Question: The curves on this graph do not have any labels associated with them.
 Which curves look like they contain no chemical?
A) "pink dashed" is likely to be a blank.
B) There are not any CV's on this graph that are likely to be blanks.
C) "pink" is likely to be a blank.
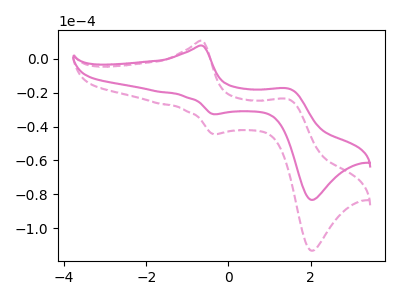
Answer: <think>The pink curve "pink" has anodic peaks at (-0.65V, 7.85uA) (1.45V, -17.60uA) and cathodic peaks at (-0.35V, -32.70uA) (2.00V, -83.25uA). The pink dashed curve "pink dashed" has anodic peaks at (-0.65V, 10.65uA) (1.45V, -23.90uA) and cathodic peaks at (-0.35V, -44.50uA) (2.00V, -113.25uA).</think>
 <answer>B) There are not any CV's on this graph that are likely to be blanks.</answer>
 <eval>B</eval>